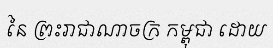
នៃ ព្រះរាជាណាចក្រ កម្ពុជា ដោយ